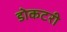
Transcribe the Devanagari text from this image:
डोकटरी